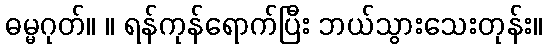
ဓမ္မဂုတ်။ ။ ရန်ကုန်ရောက်ပြီး ဘယ်သွားသေးတုန်း။